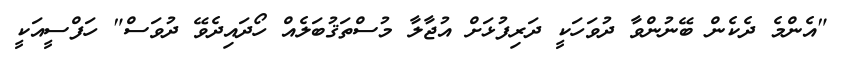
"އެންމެ ދެކެން ބޭނުންވާ ދުވަހަކީ ދަރިފުޅަށް އުޖާލާ މުސްތަޤުބަލެއް ހޯދައިދެވޭ ދުވަސް" ހަފްސީއަކީ